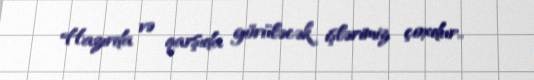
Hazırda və qarşıda görüləcək işlərimiz çoxdur..